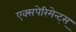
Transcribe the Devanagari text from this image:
एक्सपेरिमेन्ट्‌स्